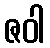
ဇဝါ